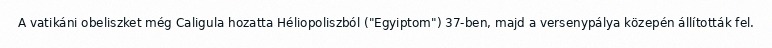
A vatikáni obeliszket még Caligula hozatta Héliopoliszból ("Egyiptom") 37-ben, majd a versenypálya közepén állították fel.